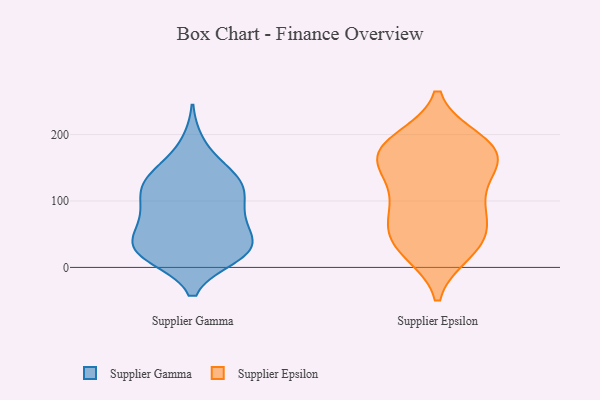
{"axis": {"x": "Budget (USD K)", "y": "Value"}, "legend": ["Supplier Epsilon", "Supplier Gamma"], "data": [{"x": "", "y": 19, "type": "Supplier Gamma"}, {"x": "", "y": 26, "type": "Supplier Gamma"}, {"x": "", "y": 113, "type": "Supplier Gamma"}, {"x": "", "y": 70, "type": "Supplier Gamma"}, {"x": "", "y": 45, "type": "Supplier Gamma"}, {"x": "", "y": 139, "type": "Supplier Gamma"}, {"x": "", "y": 108, "type": "Supplier Gamma"}, {"x": "", "y": 119, "type": "Supplier Gamma"}, {"x": "", "y": 34, "type": "Supplier Gamma"}, {"x": "", "y": 17, "type": "Supplier Gamma"}, {"x": "", "y": 24, "type": "Supplier Gamma"}, {"x": "", "y": 130, "type": "Supplier Gamma"}, {"x": "", "y": 79, "type": "Supplier Gamma"}, {"x": "", "y": 147, "type": "Supplier Gamma"}, {"x": "", "y": 27, "type": "Supplier Gamma"}, {"x": "", "y": 71, "type": "Supplier Gamma"}, {"x": "", "y": 128, "type": "Supplier Gamma"}, {"x": "", "y": 27, "type": "Supplier Gamma"}, {"x": "", "y": 82, "type": "Supplier Gamma"}, {"x": "", "y": 185, "type": "Supplier Gamma"}, {"x": "", "y": 187, "type": "Supplier Epsilon"}, {"x": "", "y": 185, "type": "Supplier Epsilon"}, {"x": "", "y": 164, "type": "Supplier Epsilon"}, {"x": "", "y": 151, "type": "Supplier Epsilon"}, {"x": "", "y": 167, "type": "Supplier Epsilon"}, {"x": "", "y": 23, "type": "Supplier Epsilon"}, {"x": "", "y": 192, "type": "Supplier Epsilon"}, {"x": "", "y": 98, "type": "Supplier Epsilon"}, {"x": "", "y": 57, "type": "Supplier Epsilon"}, {"x": "", "y": 28, "type": "Supplier Epsilon"}, {"x": "", "y": 75, "type": "Supplier Epsilon"}, {"x": "", "y": 45, "type": "Supplier Epsilon"}, {"x": "", "y": 30, "type": "Supplier Epsilon"}, {"x": "", "y": 180, "type": "Supplier Epsilon"}, {"x": "", "y": 104, "type": "Supplier Epsilon"}, {"x": "", "y": 78, "type": "Supplier Epsilon"}, {"x": "", "y": 155, "type": "Supplier Epsilon"}, {"x": "", "y": 136, "type": "Supplier Epsilon"}]}